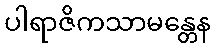
ပါရာဇိကသာမန္တေန